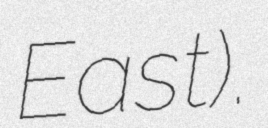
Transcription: East).